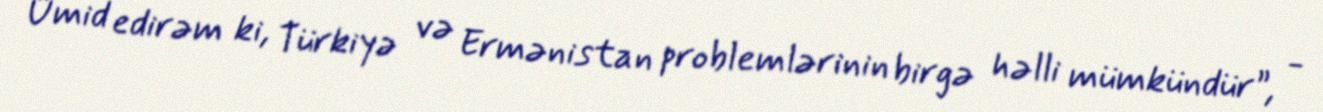
Ümid edirəm ki, Türkiyə və Ermənistan problemlərinin birgə həlli mümkündür”, -